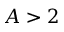
A > 2